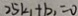
2 5 k _ { 1 } + b _ { 1 } = 0